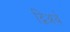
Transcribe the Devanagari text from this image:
द्विअर्थ